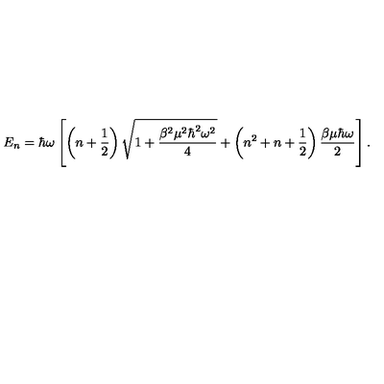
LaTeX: E _ { n } = \hbar \omega \left[ \left( n + \frac { 1 } { 2 } \right) \sqrt { 1 + \frac { \beta ^ { 2 } \mu ^ { 2 } \hbar ^ { 2 } \omega ^ { 2 } } { 4 } } + \left( n ^ { 2 } + n + \frac { 1 } { 2 } \right) \frac { \beta \mu \hbar \omega } { 2 } \right] .